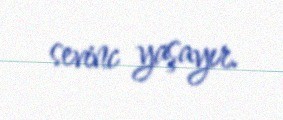
sevinc yaşayır.